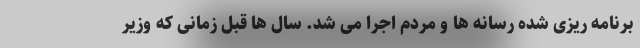
برنامه ریزی شده رسانه ها و مردم اجرا می شد. سال ها قبل زمانی که وزیر